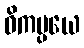
ဝိကပ္ပယေ